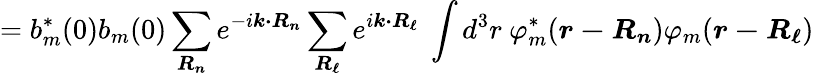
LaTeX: =b_{m}^{*}(0)b_{m}(0)\sum_{\boldsymbol{R_{n}}}e^{-i{\boldsymbol{k\cdot R_{n}}}}\sum_{\boldsymbol{R_{\ell}}}e^{i{\boldsymbol{k\cdot R_{\ell}}}}\ \int d^{3}r\ \varphi_{m}^{*}({\boldsymbol{r-R_{n}}})\varphi_{m}({\boldsymbol{r-R_{\ell}}})